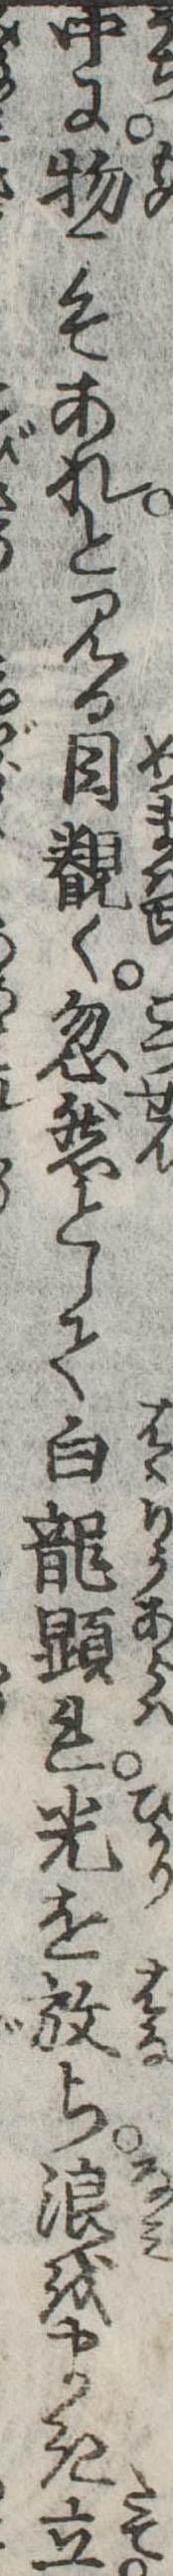
中に物こそあれと見る目く忽然として白竜顕れ光を放ち浪をまき立